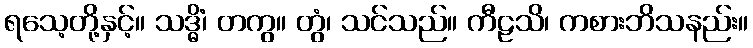
ရသေ့တို့နှင့်။ သဒ္ဓိံ၊ တကွ။ တွံ၊ သင်သည်။ ကီဠသိ၊ ကစားဘိသနည်း။